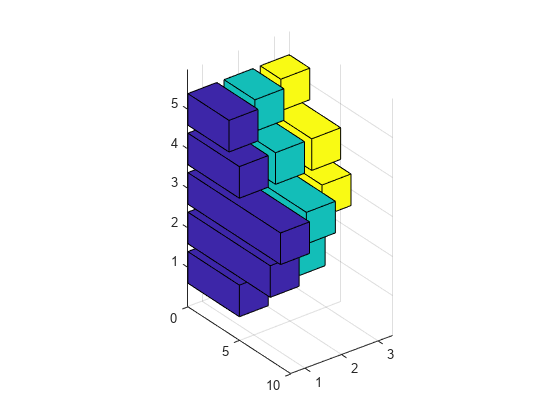
matlab, bar3h